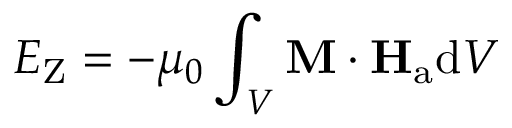
E _ { \mathrm { Z } } = - \mu _ { 0 } \int _ { V } \mathbf { M } \cdot \mathbf { H } _ { \mathrm { a } } \mathrm { d } V